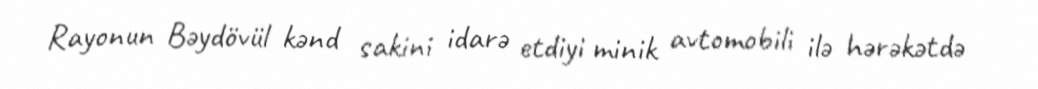
Rayonun Bəydövül kənd sakini idarə etdiyi minik avtomobili ilə hərəkətdə